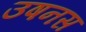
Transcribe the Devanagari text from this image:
उषनस